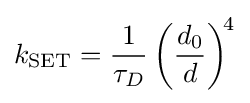
k_{\text{SET}}={\frac {1}{\tau _{D}}}\left({\frac {d_{0}}{d}}\right)^{\!4}